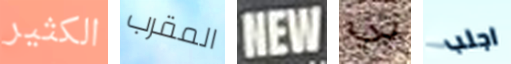
الكثير المقرب NEW بي اجلب